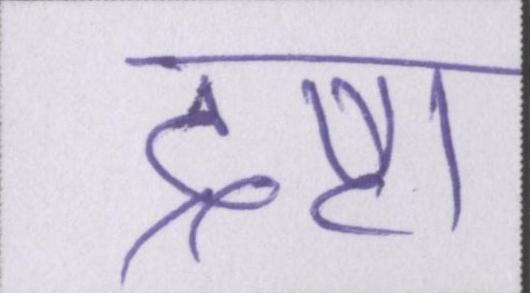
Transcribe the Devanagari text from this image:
द्रष्टा